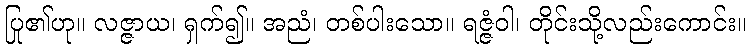
ပြု၏ဟု။ လဇ္ဇာယ၊ ရှက်၍။ အညံ၊ တစ်ပါးသော။ ရဇ္ဇံဝါ၊ တိုင်းသို့လည်းကောင်း။